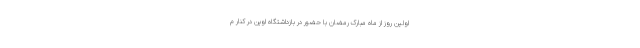
اولین روز از ماه مبارک رمضان با حضور در بازداشتگاه اوین در کنار م